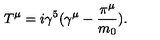
T ^ { \mu } = i \gamma ^ { 5 } ( \gamma ^ { \mu } - \frac { \pi ^ { \mu } } { m _ { 0 } } ) .